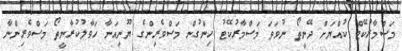
މަސްމާރުކޭޓް ކުއްޔަށް ދޭނީތޯ ނުވަތަ މަސްމާރުކޭޓު ހިންގުން މަސްވެރިންގެ ޔޫނިއަނާ ހަވާލުކުރާނީތޯ މަސްވެރިންނާ